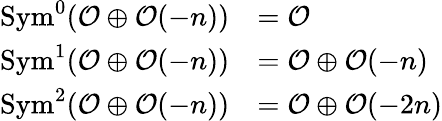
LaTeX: {\begin{array}{rl}{\operatorname{Sym}^{0}({\mathcal{O}}\oplus{\mathcal{O}}(-n))}&{={\mathcal{O}}}\\ {\operatorname{Sym}^{1}({\mathcal{O}}\oplus{\mathcal{O}}(-n))}&{={\mathcal{O}}\oplus{\mathcal{O}}(-n)}\\ {\operatorname{Sym}^{2}({\mathcal{O}}\oplus{\mathcal{O}}(-n))}&{={\mathcal{O}}\oplus{\mathcal{O}}(-2n)}\end{array}}